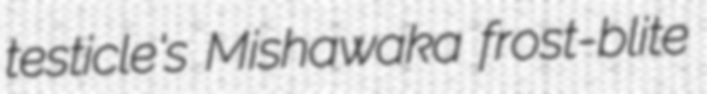
testicle's Mishawaka frost-blite